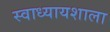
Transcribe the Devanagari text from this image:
स्वाध्यायशाला